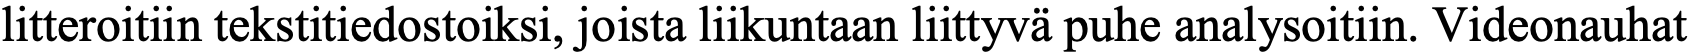
litteroitiin tekstitiedostoiksi, joista liikuntaan liittyvä puhe analysoitiin. Videonauhat